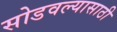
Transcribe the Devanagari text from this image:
सोडवल्यासाठी